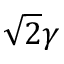
\sqrt { 2 } \gamma